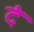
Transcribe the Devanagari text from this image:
दं